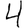
Digit: 4